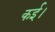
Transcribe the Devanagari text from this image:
कई।